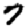
Digit: 7